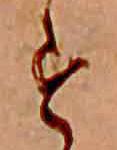
す